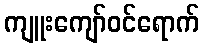
ကျူးကျော်ဝင်ရောက်